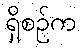
ရှိစဉ်က